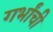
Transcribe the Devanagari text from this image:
गर्भांची